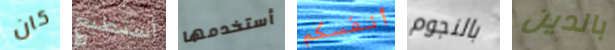
كان أستطيع أستخدمها أنفسكم بالنجوم بالدين